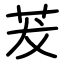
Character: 茇